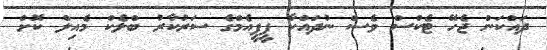
ދައްކަން ޖެހޭ ޓެކްސް ވެސް ނުދައްކާ ޕީޕީއެމްގެ ސަރުކާރު ބްލެކް މެއިލް ކޮށް